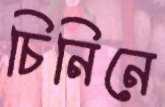
চিনিনে